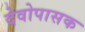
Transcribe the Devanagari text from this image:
देवोपासक